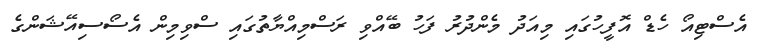
އެސްޓިއޯ ހެޑް އޮފީހުގައި މިއަދު މެންދުރު ފަހު ބޭއްވި ރަސްމިއްޔާތުގައި ސްވިމިން އެސޯސިއޭޝަންގެ